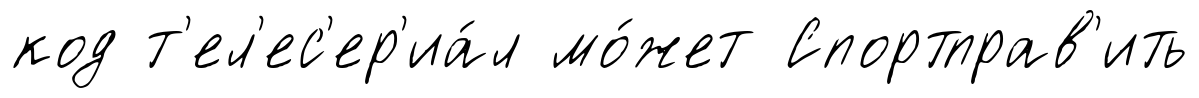
код т'ел'ес'ер'иа́л мо́жет Спортправ'ить